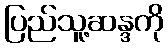
ပြည်သူ့ဆန္ဒကို